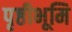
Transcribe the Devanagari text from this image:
पृष्ठीभूमि